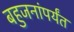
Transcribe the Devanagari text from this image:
बहुजनांपर्यंत